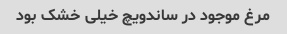
مرغ موجود در ساندویچ خیلی خشک بود